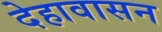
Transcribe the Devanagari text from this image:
देहावासन